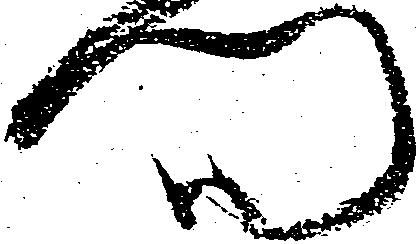
門